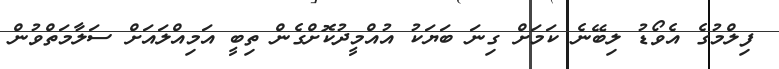
ފިލްމުގެ އެވޯޑު ލިބޭނެ ކަމަށް ގިނަ ބަޔަކު އުއްމީދުކޮށްގެން ތިބީ އަމިއްލައަށް ސަލާމަތްވުން